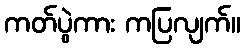
ကတ်ပွဲကား ကပြလျက်။